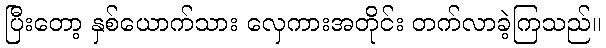
ပြီးတော့ နှစ်ယောက်သား လှေကားအတိုင်း တက်လာခဲ့ကြသည်။